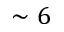
\sim 6